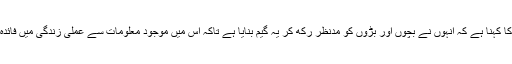
دونوں بھائیوں کا کہنا ہے کہ انہوں نے بچوں اور بڑوں کو مدنظر رکھ کر یہ گیم بنایا ہے تاکہ اس میں موجود معلومات سے عملی زندگی میں فائدہ اٹھایاجاسکے ۔